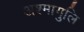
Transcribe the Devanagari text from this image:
अश्मागुलि